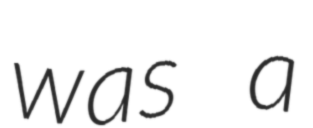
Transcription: was a